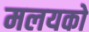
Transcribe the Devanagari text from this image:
मलयको